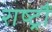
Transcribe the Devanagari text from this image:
राष्ट्रौं